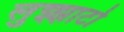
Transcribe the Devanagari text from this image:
लुझ्झाटो